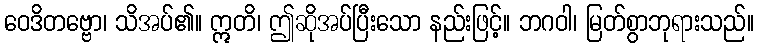
ဝေဒိတဗ္ဗော၊ သိအပ်၏။ ဣတိ၊ ဤဆိုအပ်ပြီးသော နည်းဖြင့်။ ဘဂဝါ၊ မြတ်စွာဘုရားသည်။